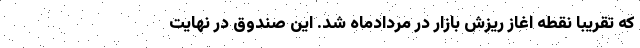
که تقریبا نقطه اغاز ریزش بازار در مردادماه شد. این صندوق در نهایت